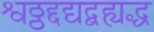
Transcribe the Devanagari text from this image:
श्वठ्ठद्दद्यद्बह्यद्ध